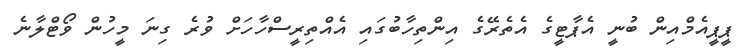
ޕީޕީއެމްއިން ބުނީ އެޕާޓީގެ އެތެރޭގެ އިންތިހާބުގައި އެއްތިރީސްހާހަށް ވުރެ ގިނަ މީހުން ވޯޓްލާނެ